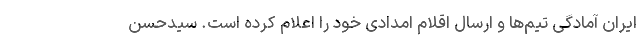
ایران آمادگی تیم‌ها و ارسال اقلام امدادی خود را اعلام کرده است. سیدحسن